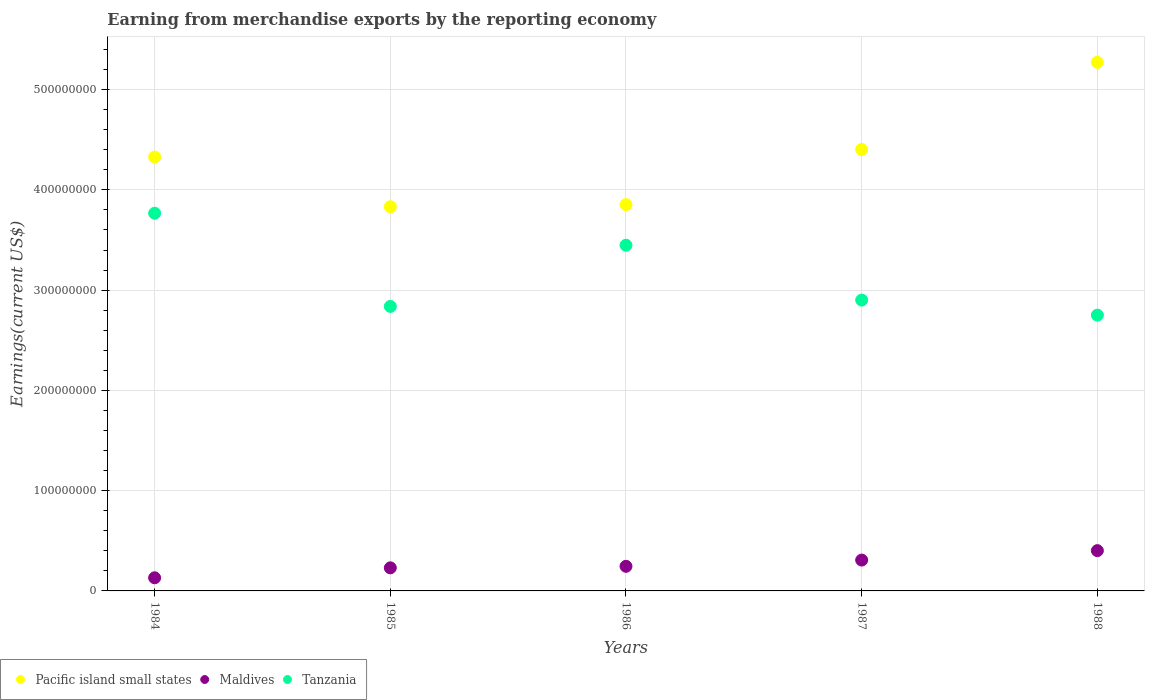
| Years | Pacific island small states | Maldives | Tanzania |
 | --- | --- | --- | --- |
 | 1984 | 4.33e+08 | 1.31e+07 | 3.77e+08 |
 | 1985 | 3.83e+08 | 2.3e+07 | 2.84e+08 |
 | 1986 | 3.85e+08 | 2.45e+07 | 3.45e+08 |
 | 1987 | 4.4e+08 | 3.08e+07 | 2.9e+08 |
 | 1988 | 5.27e+08 | 4.02e+07 | 2.75e+08 |